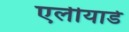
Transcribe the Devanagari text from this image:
एलीयाडे